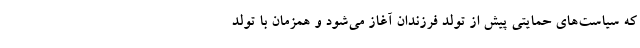
که سیاست‌های حمایتی پیش از تولد فرزندان آغاز می‌شود و همزمان با تولد